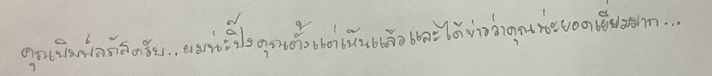
คุณพิมพ์ลภัสครับ..ผมน่ะปิ๊งคุณตั้งแต่เห็นแล้วและได้ข่าวว่าคุณน่ะยอดเยี่ยมมาก...